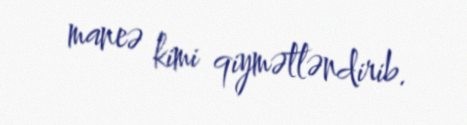
maneə kimi qiymətləndirib.